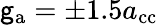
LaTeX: \mathsf{g}_{\mathrm{{a}}}=\pm1.5a_{\textnormal{cc}}